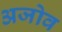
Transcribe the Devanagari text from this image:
अजोव